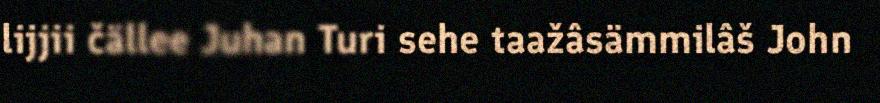
lijjii čällee Juhan Turi sehe taažâsämmilâš John